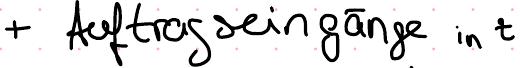
+ Auftragseingänge in t